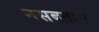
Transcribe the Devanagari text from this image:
नसबतान